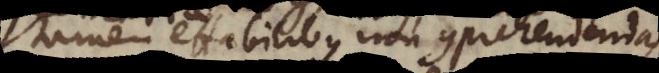
tamen effabilibus non comprehendendas